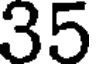
35